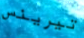
تيرينس